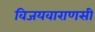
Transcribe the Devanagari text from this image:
विजयवाराणसी